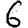
Digit: 6